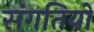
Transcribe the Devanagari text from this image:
संगतियो